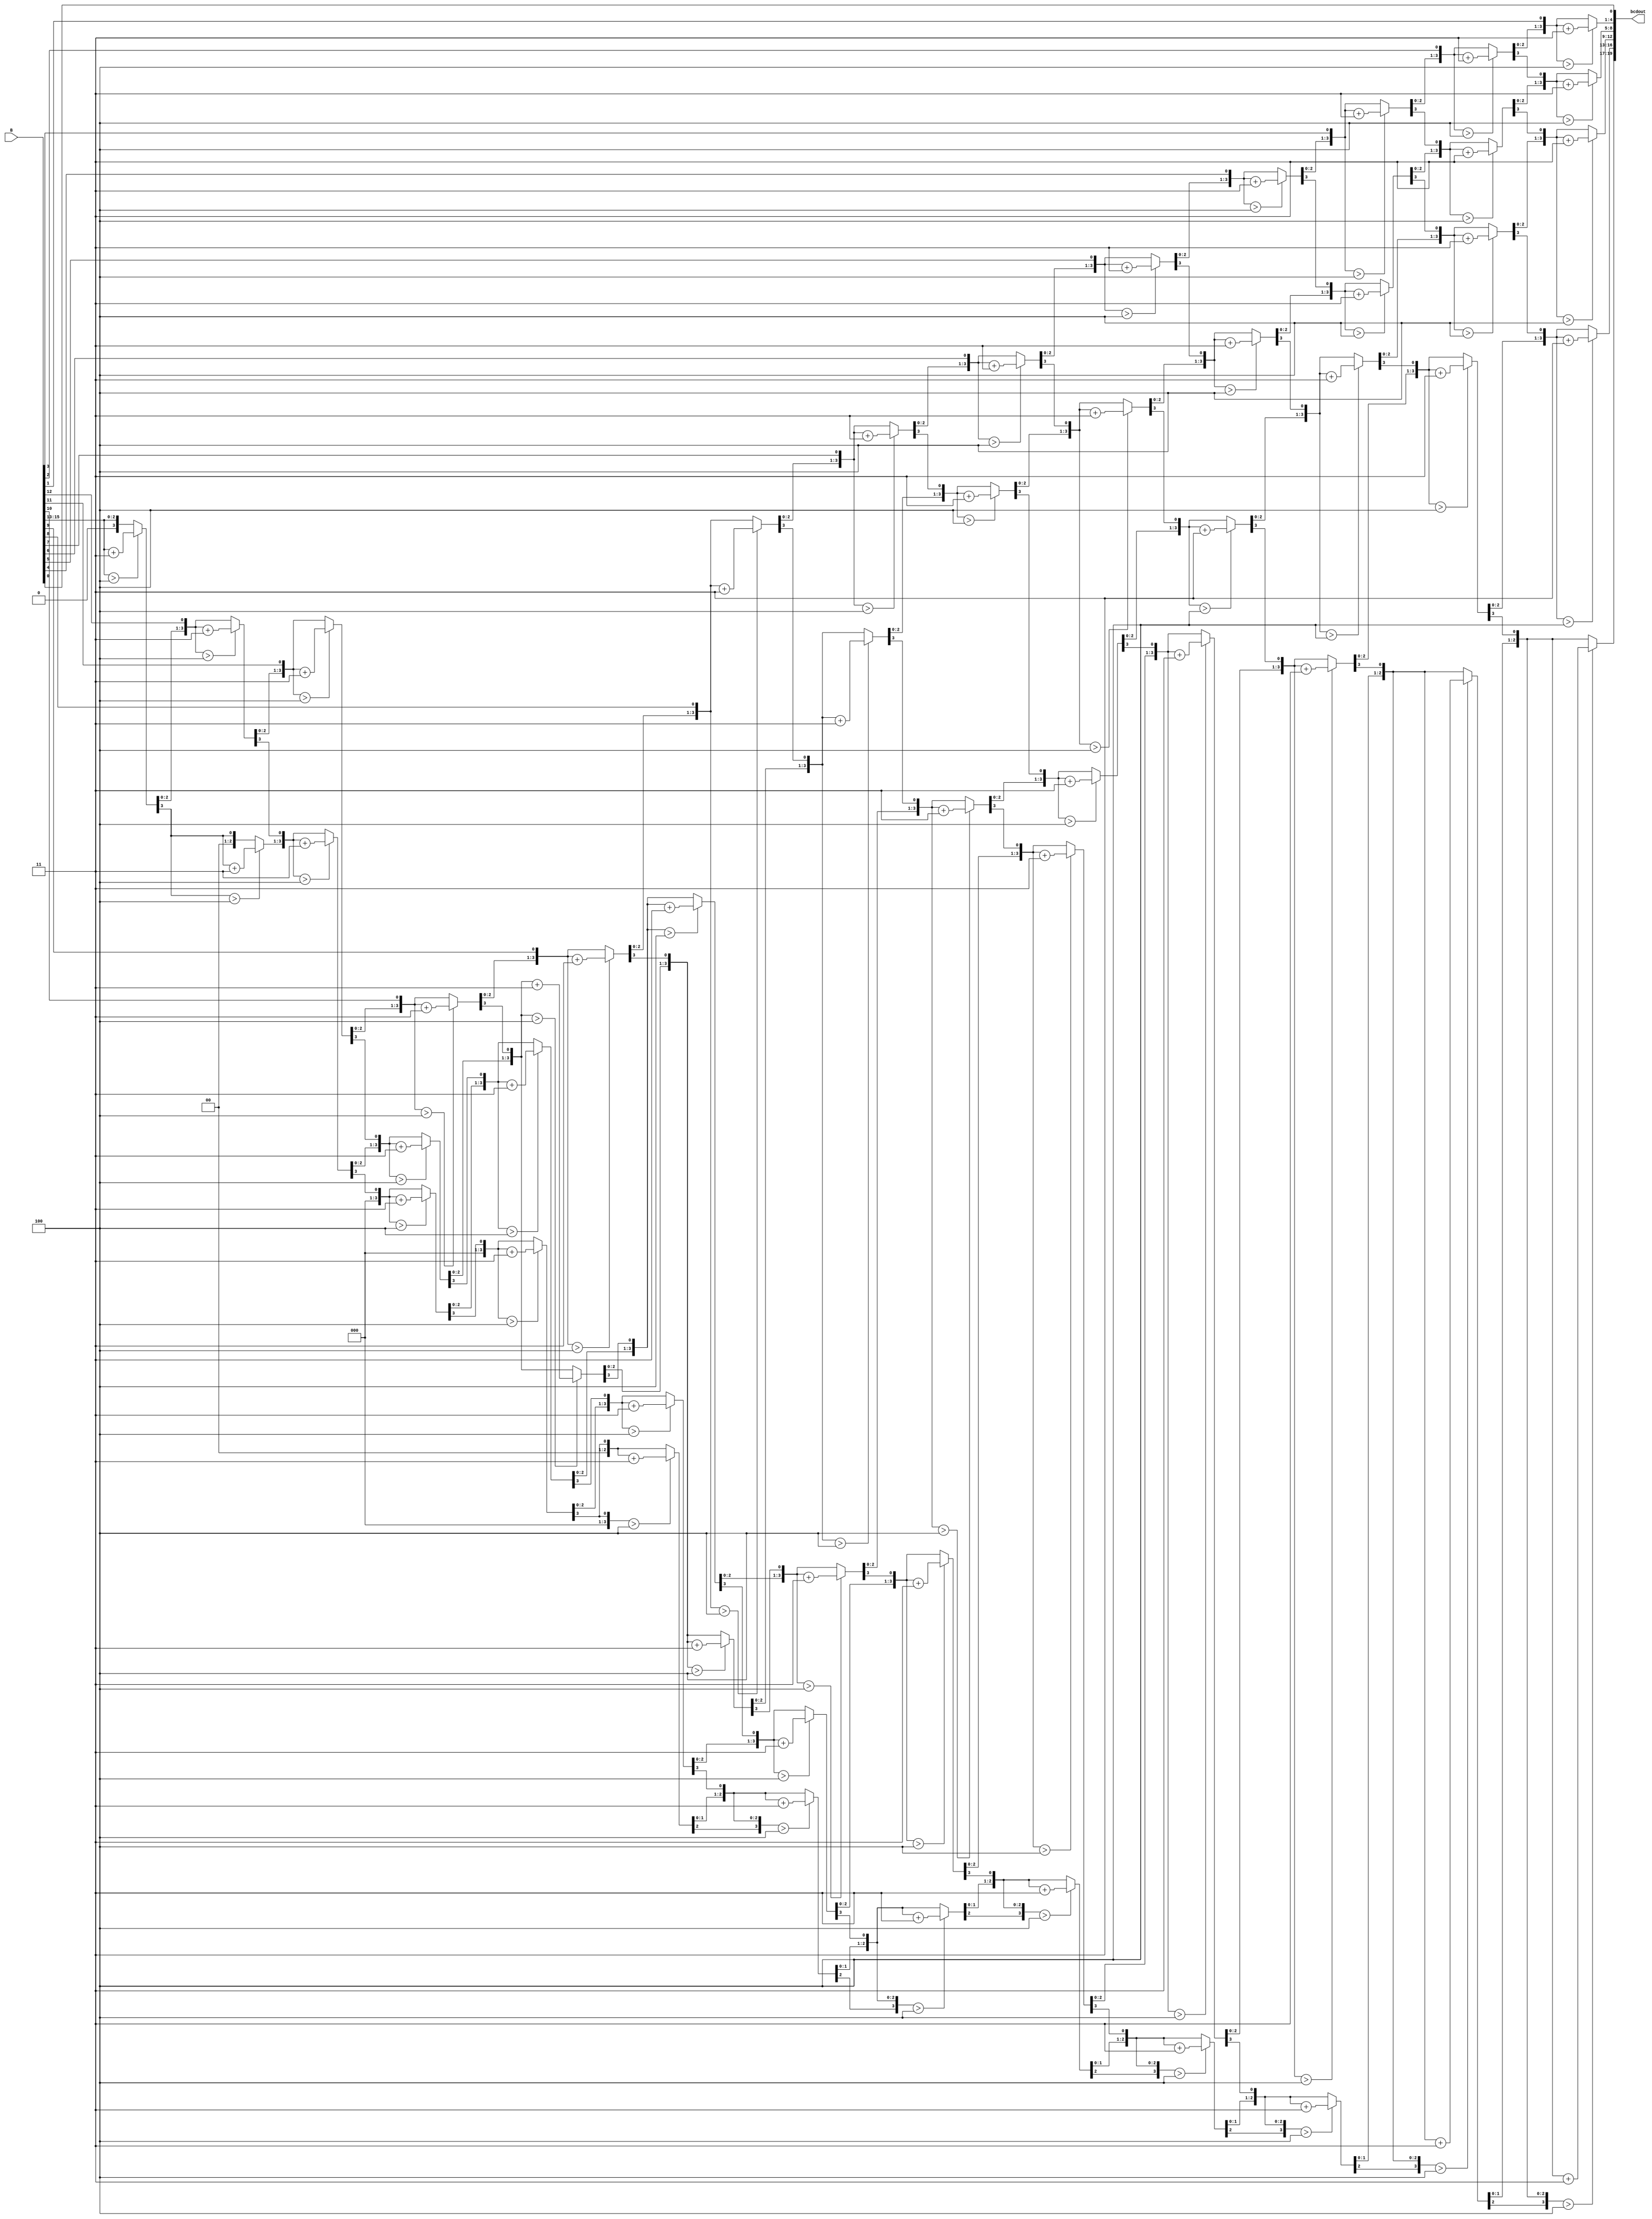
`timescale 1ns / 1ps
//////////////////////////////////////////////////////////////////////////////////
// Company: 
// Engineer: 
// 
// Design Name: 
// Module Name:    bin_to_decimal 
// Project Name: 
// Target Devices: 
// Tool versions: 
// Description: 
//
// Dependencies: 
//
// Revision: 
// Revision 0.01 - File Created
// Additional Comments: 
//
//////////////////////////////////////////////////////////////////////////////////
module bin_to_decimal(

	input [15:0] B,
	output reg [19:0] bcdout
	);
	
	reg [35:0] z;
	integer i;

always @(*)
  begin
    for(i = 0; i <= 35; i = i+1)
	z[i] = 0;
    z[18:3] = B; // shift b 3 places left

    //for(i = 0; i <= 12; i = i+1)
    repeat(13)
	 begin
	if(z[19:16] > 4)	
		z[19:16] = z[19:16] + 3;
	if(z[23:20] > 4) 	
		z[23:20] = z[23:20] + 3;
	if(z[27:24] > 4) 	
		z[27:24] = z[27:24] + 3;
	if(z[31:28] > 4) 	
		z[31:28] = z[31:28] + 3;
	if(z[35:32] > 4) 	
		z[35:32] = z[35:32] + 3;

	z[35:1] = z[34:0];
	
	//z[34:2] = z[33:1];
    end      
    bcdout = z[35:16];//20 bits
  end         
  
endmodule